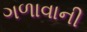
ગળાવાની